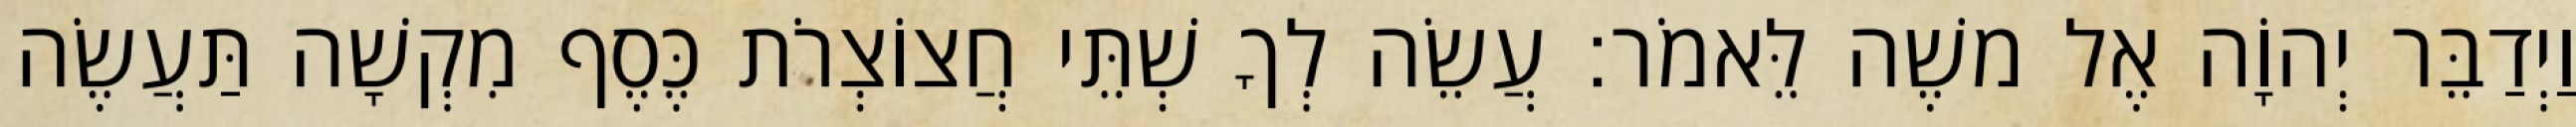
וַיְדַבֵּר יְהוָֹה אֶל משֶׁה לֵּאמֹר׃ עֲשֵׂה לְךָ שְׁתֵּי חֲצוֹצְרֹת כֶּסֶף מִקְשָׁה תַּעֲשֶׂה